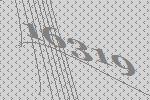
16319